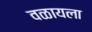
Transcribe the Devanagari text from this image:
वळायला